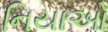
નિયાઓ